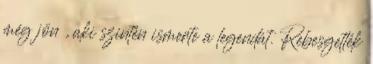
még jön , aki szintén ismerte a legendát. Rebesgették